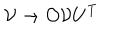
LaTeX: { \cal { V } } \rightarrow { \cal { O } } { \cal { V } } U ^ { \mathrm { T } }